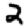
Digit: 2